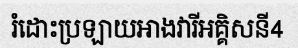
រំដោះប្រឡាយអាងវារីអគ្គិសនី4